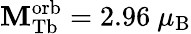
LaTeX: \mathbf{M}_{\mathrm{{Tb}}}^{\mathrm{{orb}}}=2.96~\mu_{\mathrm{{B}}}